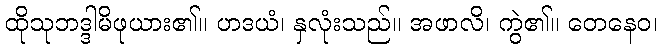
ထိုသုဘဒ္ဒါမိဖုယား၏။ ဟဒယံ၊ နှလုံးသည်။ အဖာလိ၊ ကွဲ၏။ တေနေဝ၊